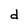
Character: d